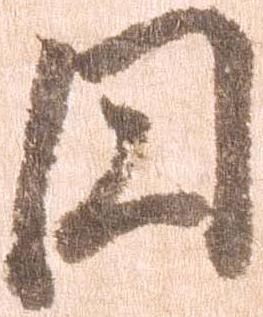
円